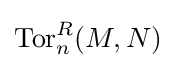
\operatorname {Tor} _{n}^{R}(M,N)